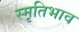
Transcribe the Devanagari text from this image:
स्मृतिभाव